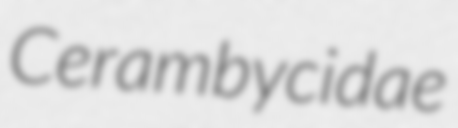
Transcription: Cerambycidae